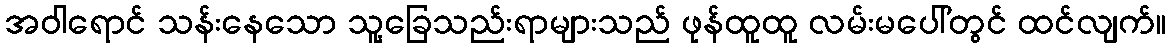
အဝါရောင် သန်းနေသော သူ့ခြေသည်းရာများသည် ဖုန်ထူထူ လမ်းမပေါ်တွင် ထင်လျက်။